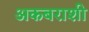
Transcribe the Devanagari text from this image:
अकबराशी